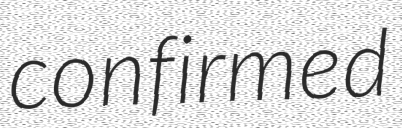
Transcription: confirmed